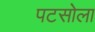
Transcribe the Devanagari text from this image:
पटसोला